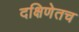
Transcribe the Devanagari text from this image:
दक्षिणेतच